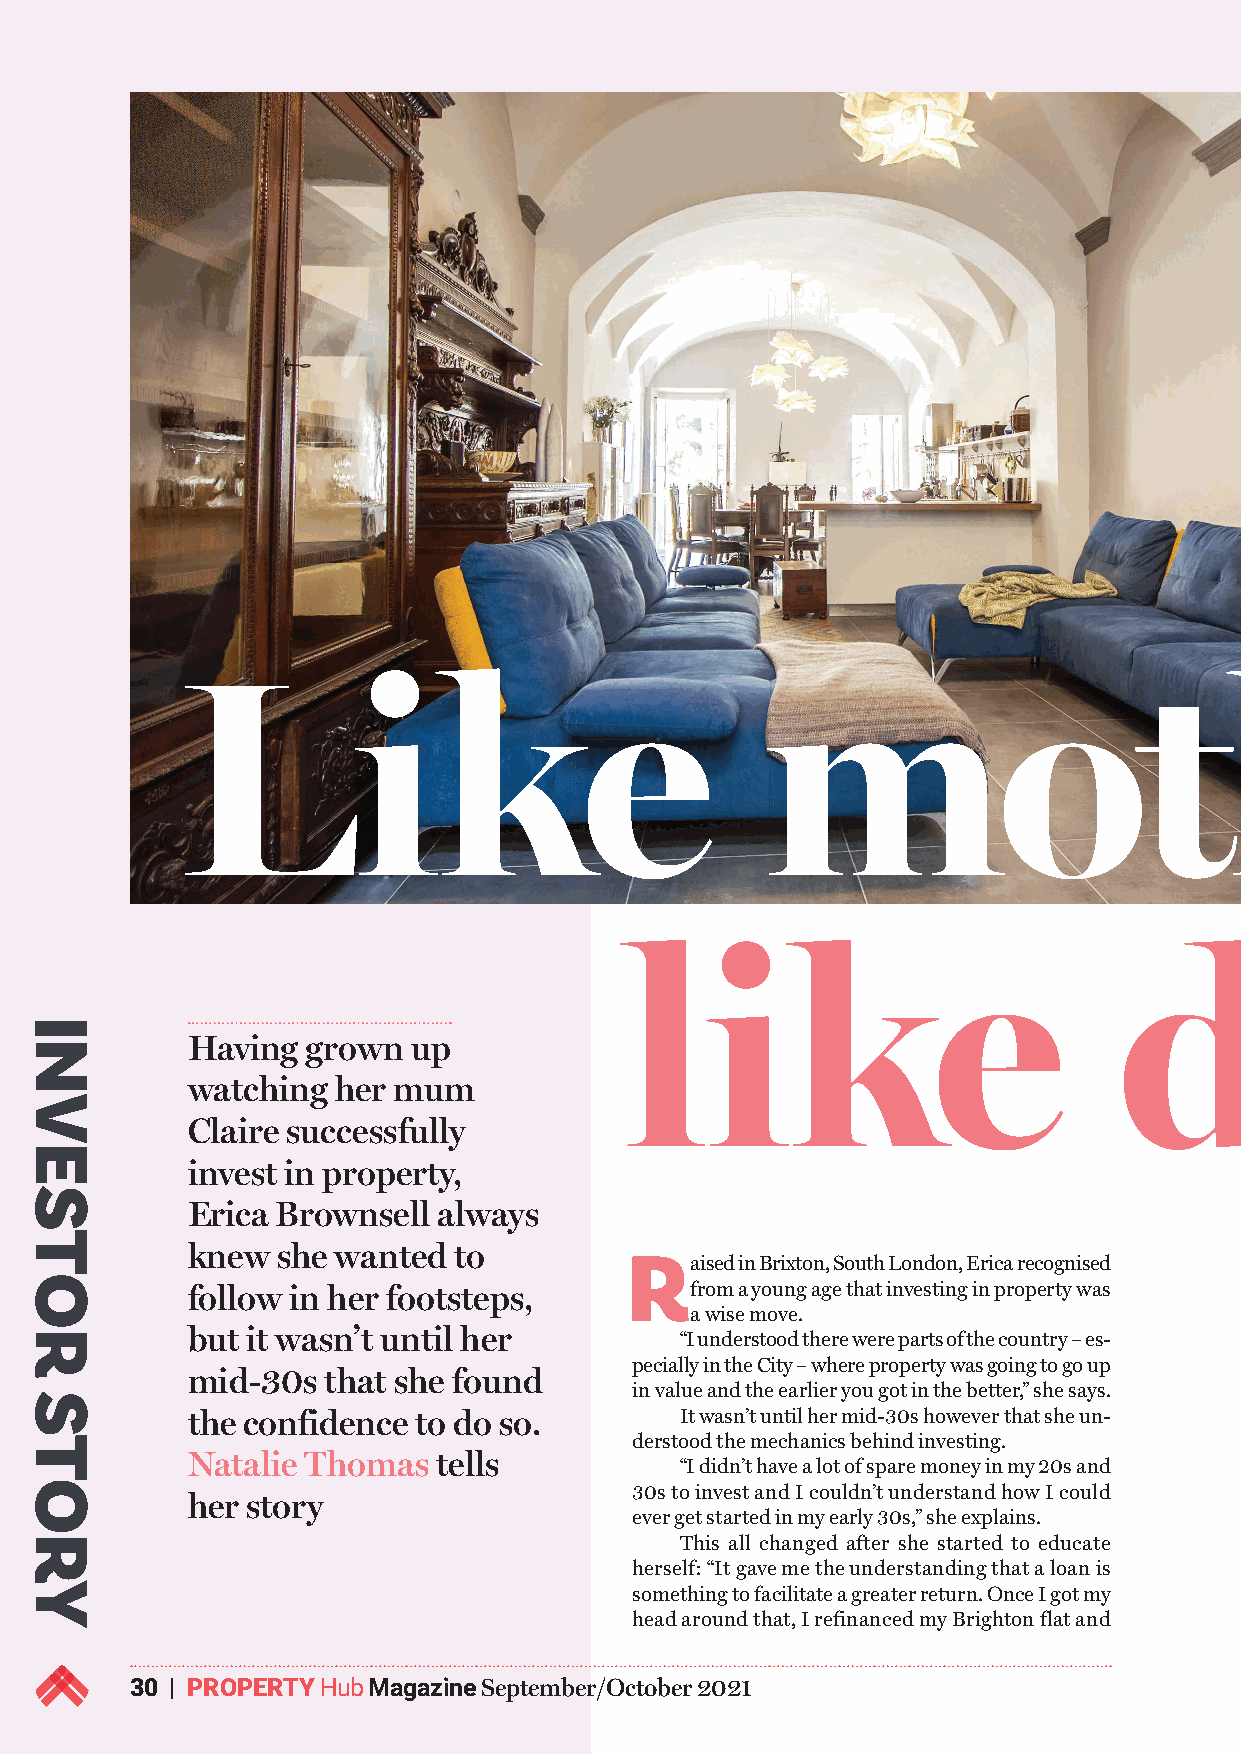
Like                                   mother,
 like                             daughter
 Having  grown  up
 watching  her mum
 Claire successfully
 invest in property,
 Erica Brownsell  always
 knew  she wanted  to
 Raised  in Brixton, South London, Erica recognised
 follow in her footsteps,          from a young age that investing in property was
 a wise move.
 but it wasn’t until her
 “I understood there were parts of the country – es-
 pecially in the City – where property was going to go up
 mid-30s  that she found
 in value and the earlier you got in the better,” she says.
 the confidence  to do so.        It wasn’t until her mid-30s however that she un-
 derstood the mechanics behind investing.
 Natalie Thomas   tells
 “I didn’t have a lot of spare money in my 20s and
 30s to invest and I couldn’t understand how I could
 her story
 ever get started in my early 30s,” she explains.
 This all changed after she started to educate
 herself: “It gave me the understanding that a loan is
 something to facilitate a greater return. Once I got my
 head around that, I refinanced my Brighton flat and
 30 | PROPERTY Hub Magazine September/October 2021
 INVESTOR
 STORY